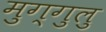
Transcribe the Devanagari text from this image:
मुग्गुलु